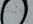
بالعبث